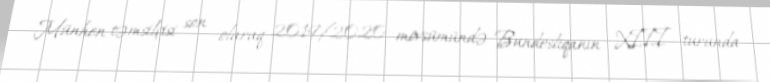
Münhen təmsilçisi son olaraq 2019/2020 mövsümündə Bundesliqanın XIII turunda